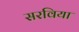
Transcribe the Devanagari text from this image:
सरविया